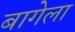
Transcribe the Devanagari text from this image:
बागेला